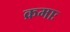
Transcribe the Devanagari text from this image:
क्रमाः